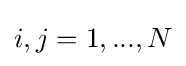
i,j=1,...,N